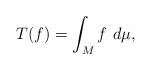
LaTeX: \begin{align*} T(f)=\int_Mf~d\mu, \end{align*}